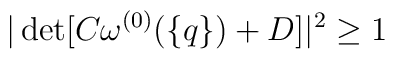
|\det[C\omega^{(0)}(\{q\})+D]|^2\geq1